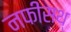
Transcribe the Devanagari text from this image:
नफीसथ्